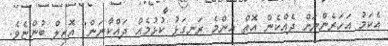
އެކަމު އަހަރެންނަށް ދެއްކެން އޮތް އެންމެ ރަނގަޅު ކުޅުމެއް ދައްކާނަން" އޮޒިލް ބުންޏެވެ.